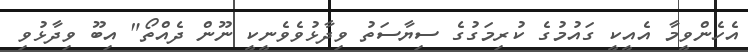
އެހެންވީމާ އެއީކީ ގައުމުގެ ކުރިމަގުގެ ސިޔާސަތު ވިދާޅުވެވެނީކީ ނޫން ދެއްތޯ" އިބޫ ވިދާޅުވި